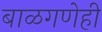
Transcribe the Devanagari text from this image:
बाळगणेही